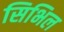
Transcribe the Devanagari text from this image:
सिभिल